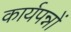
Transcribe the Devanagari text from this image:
कार्यपन्नों